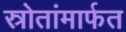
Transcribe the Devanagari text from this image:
स्रोतांमार्फत